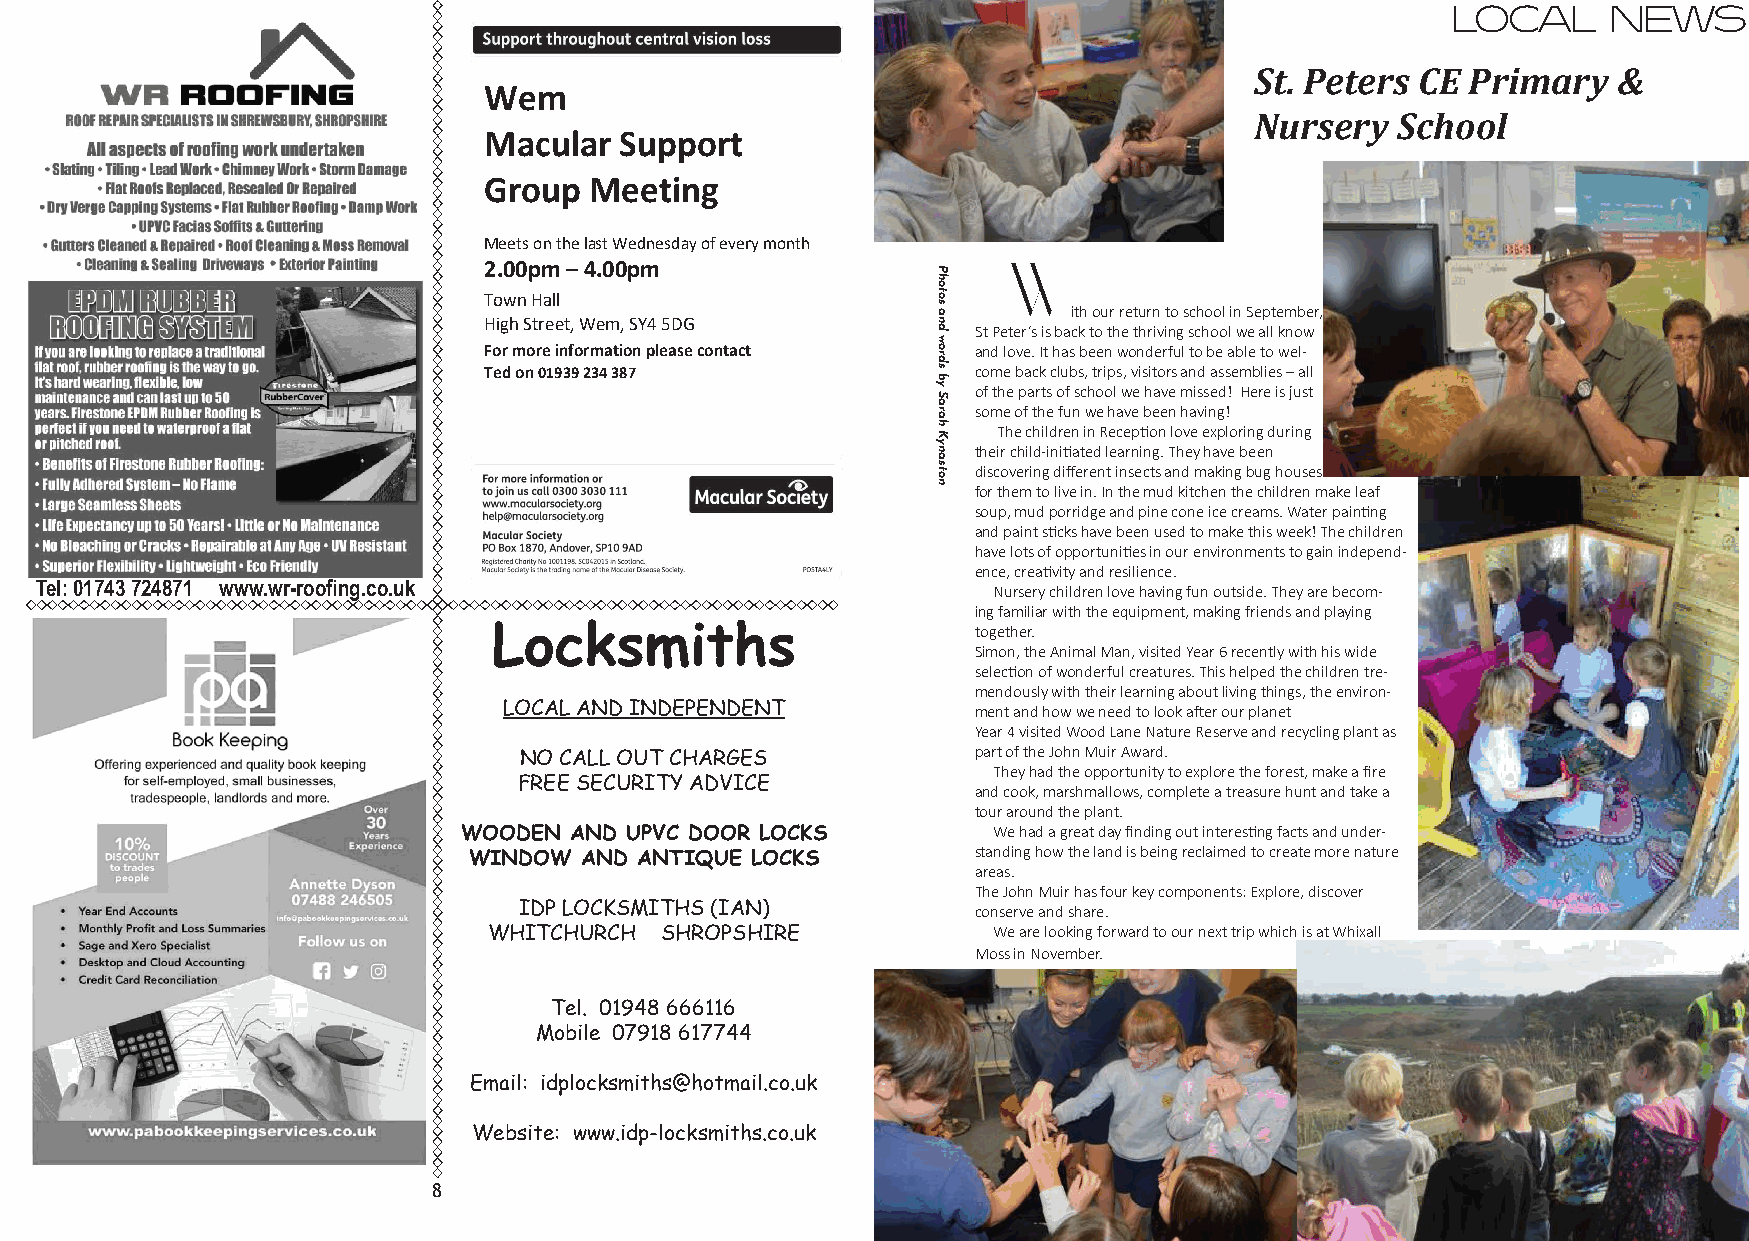
Local      News
 St. Peters CE Primary   &
 Wem
 Nursery   School
 Macular  Support
 Group  Meeting
 Meets on the last Wednesday of every month
 2.00pm – 4.00pm                    W
 Town Hall
 ith our return to school in September,
 High Street, Wem, SY4 5DG
 St Peter’s is back to the thriving school we all know
 For more information please contact and love. It has been wonderful to be able to wel-
 Ted on 01939 234 387             come back clubs, trips, visitors and assemblies – all
 of the parts of school we have missed! Here is just
 some of the fun we have been having!
 The children in Reception love exploring during
 their child-initiated learning. They have been
 discovering different insects and making bug houses
 for them to live in. In the mud kitchen the children make leaf
 soup, mud porridge and pine cone ice creams. Water painting
 and paint sticks have been used to make this week! The children
 have lots of opportunities in our environments to gain independ-
 ence, creativity and resilience.
 Tel: 01743 724871 www.wr-roofing.co.uk                          Nursery children love having fun outside. They are becom-
 ing familiar with the equipment, making friends and playing
 Locksmiths                      together.
 Simon, the Animal Man, visited Year 6 recently with his wide
 selection of wonderful creatures. This helped the children tre-
 mendously with their learning about living things, the environ-
 LOCAL AND INDEPENDENT           ment and how we need to look after our planet
 Year 4 visited Wood Lane Nature Reserve and recycling plant as
 NO CALL OUT CHARGES            part of the John Muir Award.
 They had the opportunity to explore the forest, make a fire
 FREE SECURITY ADVICE
 and cook, marshmallows, complete a treasure hunt and take a
 tour around the plant.
 WOODEN  AND UPVC DOOR LOCKS         We had a great day finding out interesting facts and under-
 WINDOW AND ANTIQUE LOCKS          standing how the land is being reclaimed to create more nature
 areas.
 The John Muir has four key components: Explore, discover
 IDP LOCKSMITHS (IAN)           conserve and share.
 WHITCHURCH  SHROPSHIRE            We are looking forward to our next trip which is at Whixall
 Moss in November.
 Tel. 01948 666116
 Mobile 07918 617744
 Email: idplocksmiths@hotmail.co.uk
 Website: www.idp-locksmiths.co.uk
 8                                                        9
 Photos
 and
 words
 by
 Sarah
 Kynaston